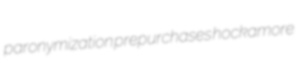
paronymization prepurchases hockamore